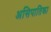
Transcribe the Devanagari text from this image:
असिपातिका